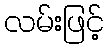
လမ်းဖြင့်